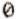
0